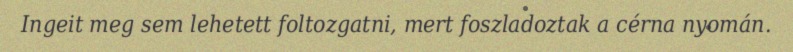
Ingeit meg sem lehetett foltozgatni, mert foszladoztak a cérna nyomán.